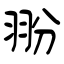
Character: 翂